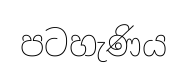
පටහැණිය